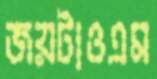
জয়টাওএম